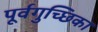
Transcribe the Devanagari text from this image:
पूर्वगुच्छिका